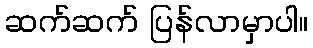
ဆက်ဆက် ပြန်လာမှာပါ။